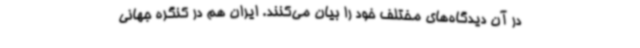
در آن دیدگاه‌های مختلف خود را بیان می‌کنند. ایران هم در کنگره جهانی